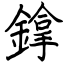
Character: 鎿